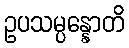
ဥပသမ္ပန္နောတိ